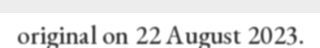
original on 22 August 2023.